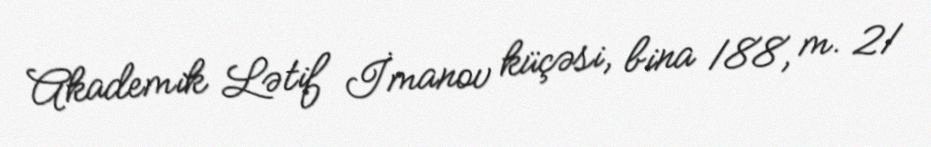
Akademik Lətif İmanov küçəsi, bina 188, m. 21